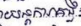
យន្តការគន្លឹះ